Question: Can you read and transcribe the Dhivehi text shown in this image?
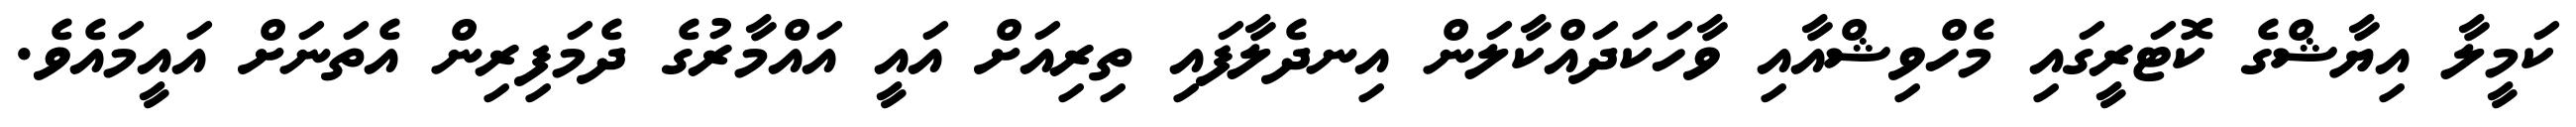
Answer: ކަމީލާ އިޔާޝްގެ ކޮޓަރީގައި މެހްވިޝްއާއި ވާހަކަދައްކާލަން އިނދެލާފައި ތިރިއަށް އައީ އައްމާރުގެ ދެމަފިރިން އެތަނަށް އައީމައެވެ.